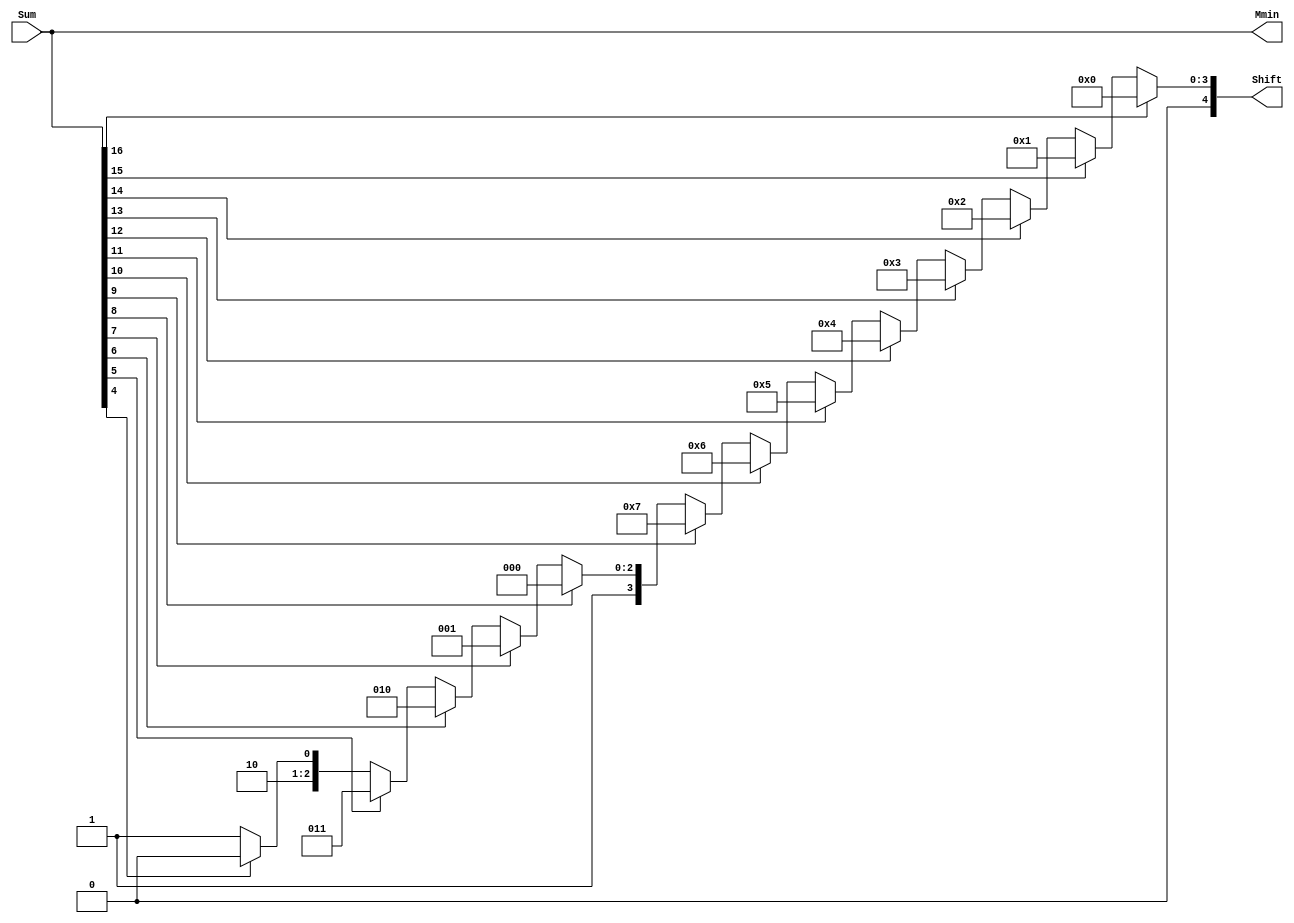
`define SIMULATION_MEMORY
`define EXPONENT 5
`define MANTISSA 10
`define ACTUAL_MANTISSA 11
`define EXPONENT_LSB 10
`define EXPONENT_MSB 14
`define MANTISSA_LSB 0
`define MANTISSA_MSB 9
`define MANTISSA_MUL_SPLIT_LSB 3
`define MANTISSA_MUL_SPLIT_MSB 9
`define SIGN 1
`define SIGN_LOC 15
`define DWIDTH (`SIGN+`EXPONENT+`MANTISSA)
`define IEEE_COMPLIANCE 1

module FPAddSub_NormalizeModule(
		Sum,
		Mmin,
		Shift
    );

	// Input ports
	input [`DWIDTH:0] Sum ;					// Mantissa sum including hidden 1 and GRS

	// Output ports
	output [`DWIDTH:0] Mmin ;					// Mantissa after 16|0 shift
	output [4:0] Shift ;					// Shift amount

	// Determine normalization shift amount by finding leading nought
	assign Shift =  (
		Sum[16] ? 5'b00000 :
		Sum[15] ? 5'b00001 :
		Sum[14] ? 5'b00010 :
		Sum[13] ? 5'b00011 :
		Sum[12] ? 5'b00100 :
		Sum[11] ? 5'b00101 :
		Sum[10] ? 5'b00110 :
		Sum[9] ? 5'b00111 :
		Sum[8] ? 5'b01000 :
		Sum[7] ? 5'b01001 :
		Sum[6] ? 5'b01010 :
		Sum[5] ? 5'b01011 :
		Sum[4] ? 5'b01100 : 5'b01101
	//	Sum[19] ? 5'b01101 :
	//	Sum[18] ? 5'b01110 :
	//	Sum[17] ? 5'b01111 :
	//	Sum[16] ? 5'b10000 :
	//	Sum[15] ? 5'b10001 :
	//	Sum[14] ? 5'b10010 :
	//	Sum[13] ? 5'b10011 :
	//	Sum[12] ? 5'b10100 :
	//	Sum[11] ? 5'b10101 :
	//	Sum[10] ? 5'b10110 :
	//	Sum[9] ? 5'b10111 :
	//	Sum[8] ? 5'b11000 :
	//	Sum[7] ? 5'b11001 : 5'b11010
	);

	reg	  [`DWIDTH:0]		Lvl1;

	always @(*) begin
		// Rotate by 16?
		Lvl1 <= Shift[4] ? {Sum[8:0], 8'b00000000} : Sum;
	end

	// Assign outputs
	assign Mmin = Lvl1;						// Take out smaller mantissa

endmodule